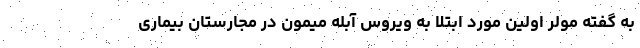
به گفته مولر اولین مورد ابتلا به ویروس آبله میمون در مجارستان بیماری